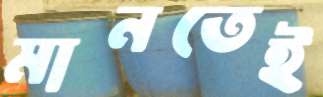
মানতেই